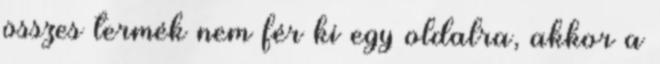
összes termék nem fér ki egy oldalra, akkor a